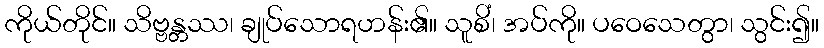
ကိုယ်တိုင်။ သိဗ္ဗန္တဿ၊ ချုပ်သောရဟန်း၏။ သူစိံ၊ အပ်ကို။ ပဝေသေတွာ၊ သွင်း၍။